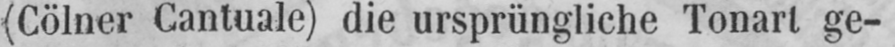
(Cölner Cantuale) die ursprüngliche Tonart ge-